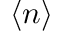
\langle n \rangle